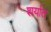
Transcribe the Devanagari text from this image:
शर्यात